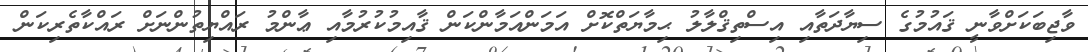
ވާޖިބަކަށްވާނީ ޤައުމުގެ ސިޔާދަތާއި އިސްތިޤްލާލު ޙިމާޔަތްކޮށް އަމަންއަމާންކަން ޤާއިމުކުރުމާއި ޢާންމު ރައްޔިތުންނަށް ރައްކާތެރިކަން